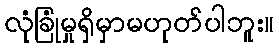
လုံခြုံမှုရှိမှာမဟုတ်ပါဘူး။